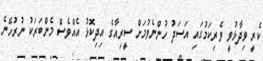
ކެރީ ވިދާޅުވީ ވެރިކަމުގައި އަސަދު ހުންނެވުމަށް ސީރިއާގެ އިދިކޮޅު އެއްވެސް މެންބަރަކު ނުރުހޭނެ